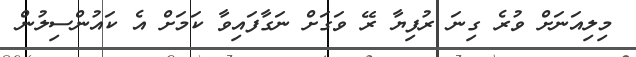
މިލިއަނަށް ވުރެ ގިނަ ރުފިޔާ ރޭ ވަގަށް ނަގާފައިވާ ކަމަށް އެ ކައުންސިލުން